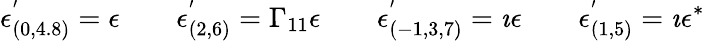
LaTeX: \epsilon_{(0,4.8)}^{'}=\epsilon\qquad\epsilon_{(2,6)}^{'}=\Gamma_{11}\epsilon\qquad\epsilon_{(-1,3,7)}^{'}=\imath\epsilon\qquad\epsilon_{(1,5)}^{'}=\imath\epsilon^{\ast}